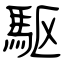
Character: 駆